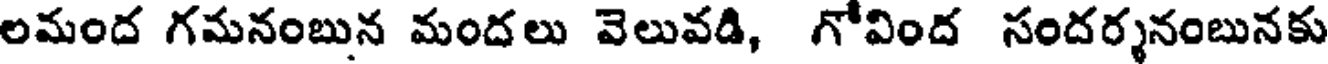
లమంద గమనంబున మందలు వెలువడి, గోవింద సందర్శనంబునకు